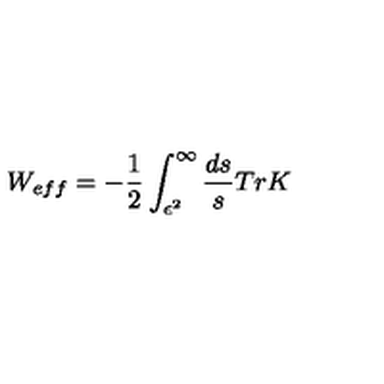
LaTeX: W _ { e f f } = - { \frac { 1 } { 2 } } \int _ { \epsilon ^ { 2 } } ^ { \infty } { \frac { d s } { s } } T r K